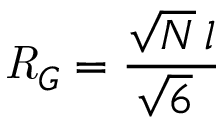
{ \mathit { R } } _ { G } = { \frac { { \sqrt { N } } \, l } { { \sqrt { 6 } } \ } }